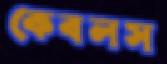
কেবলস